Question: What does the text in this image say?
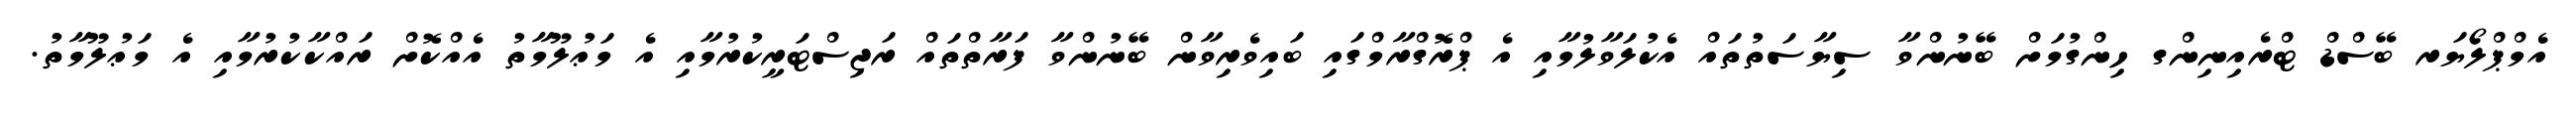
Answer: އެމްޕްލޯޔަރ ބޭސްޑް ޓްރެއިނިންގ ހިންގުމަށް ބޭނުންވާ ސިޔާސަތުތައް އެކުލަވާލުމާއި އެ ޕްރޮގްރާމްގައި ބައިވެރިވާން ބޭނުންވާ ފަރާތްތައް ރަޖިސްޓަރީކުރުމާއި އެ މަޢުލޫމާތު އެއްކޮށް ރައްކާކުރުމާއި އެ މަޢުލޫމާތު.